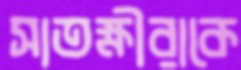
সাতক্ষীরাকে